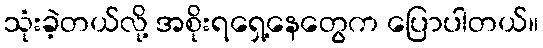
သုံးခဲ့တယ်လို့ အစိုးရရှေ့နေတွေက ပြောပါတယ်။